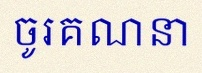
ចូរគណនា